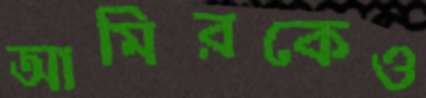
আমিরকেও